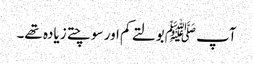
آپ ﷺبولتے کم اور سوچتے زیادہ تھے۔